Leningradi_Edasi_toimetus, lk 205
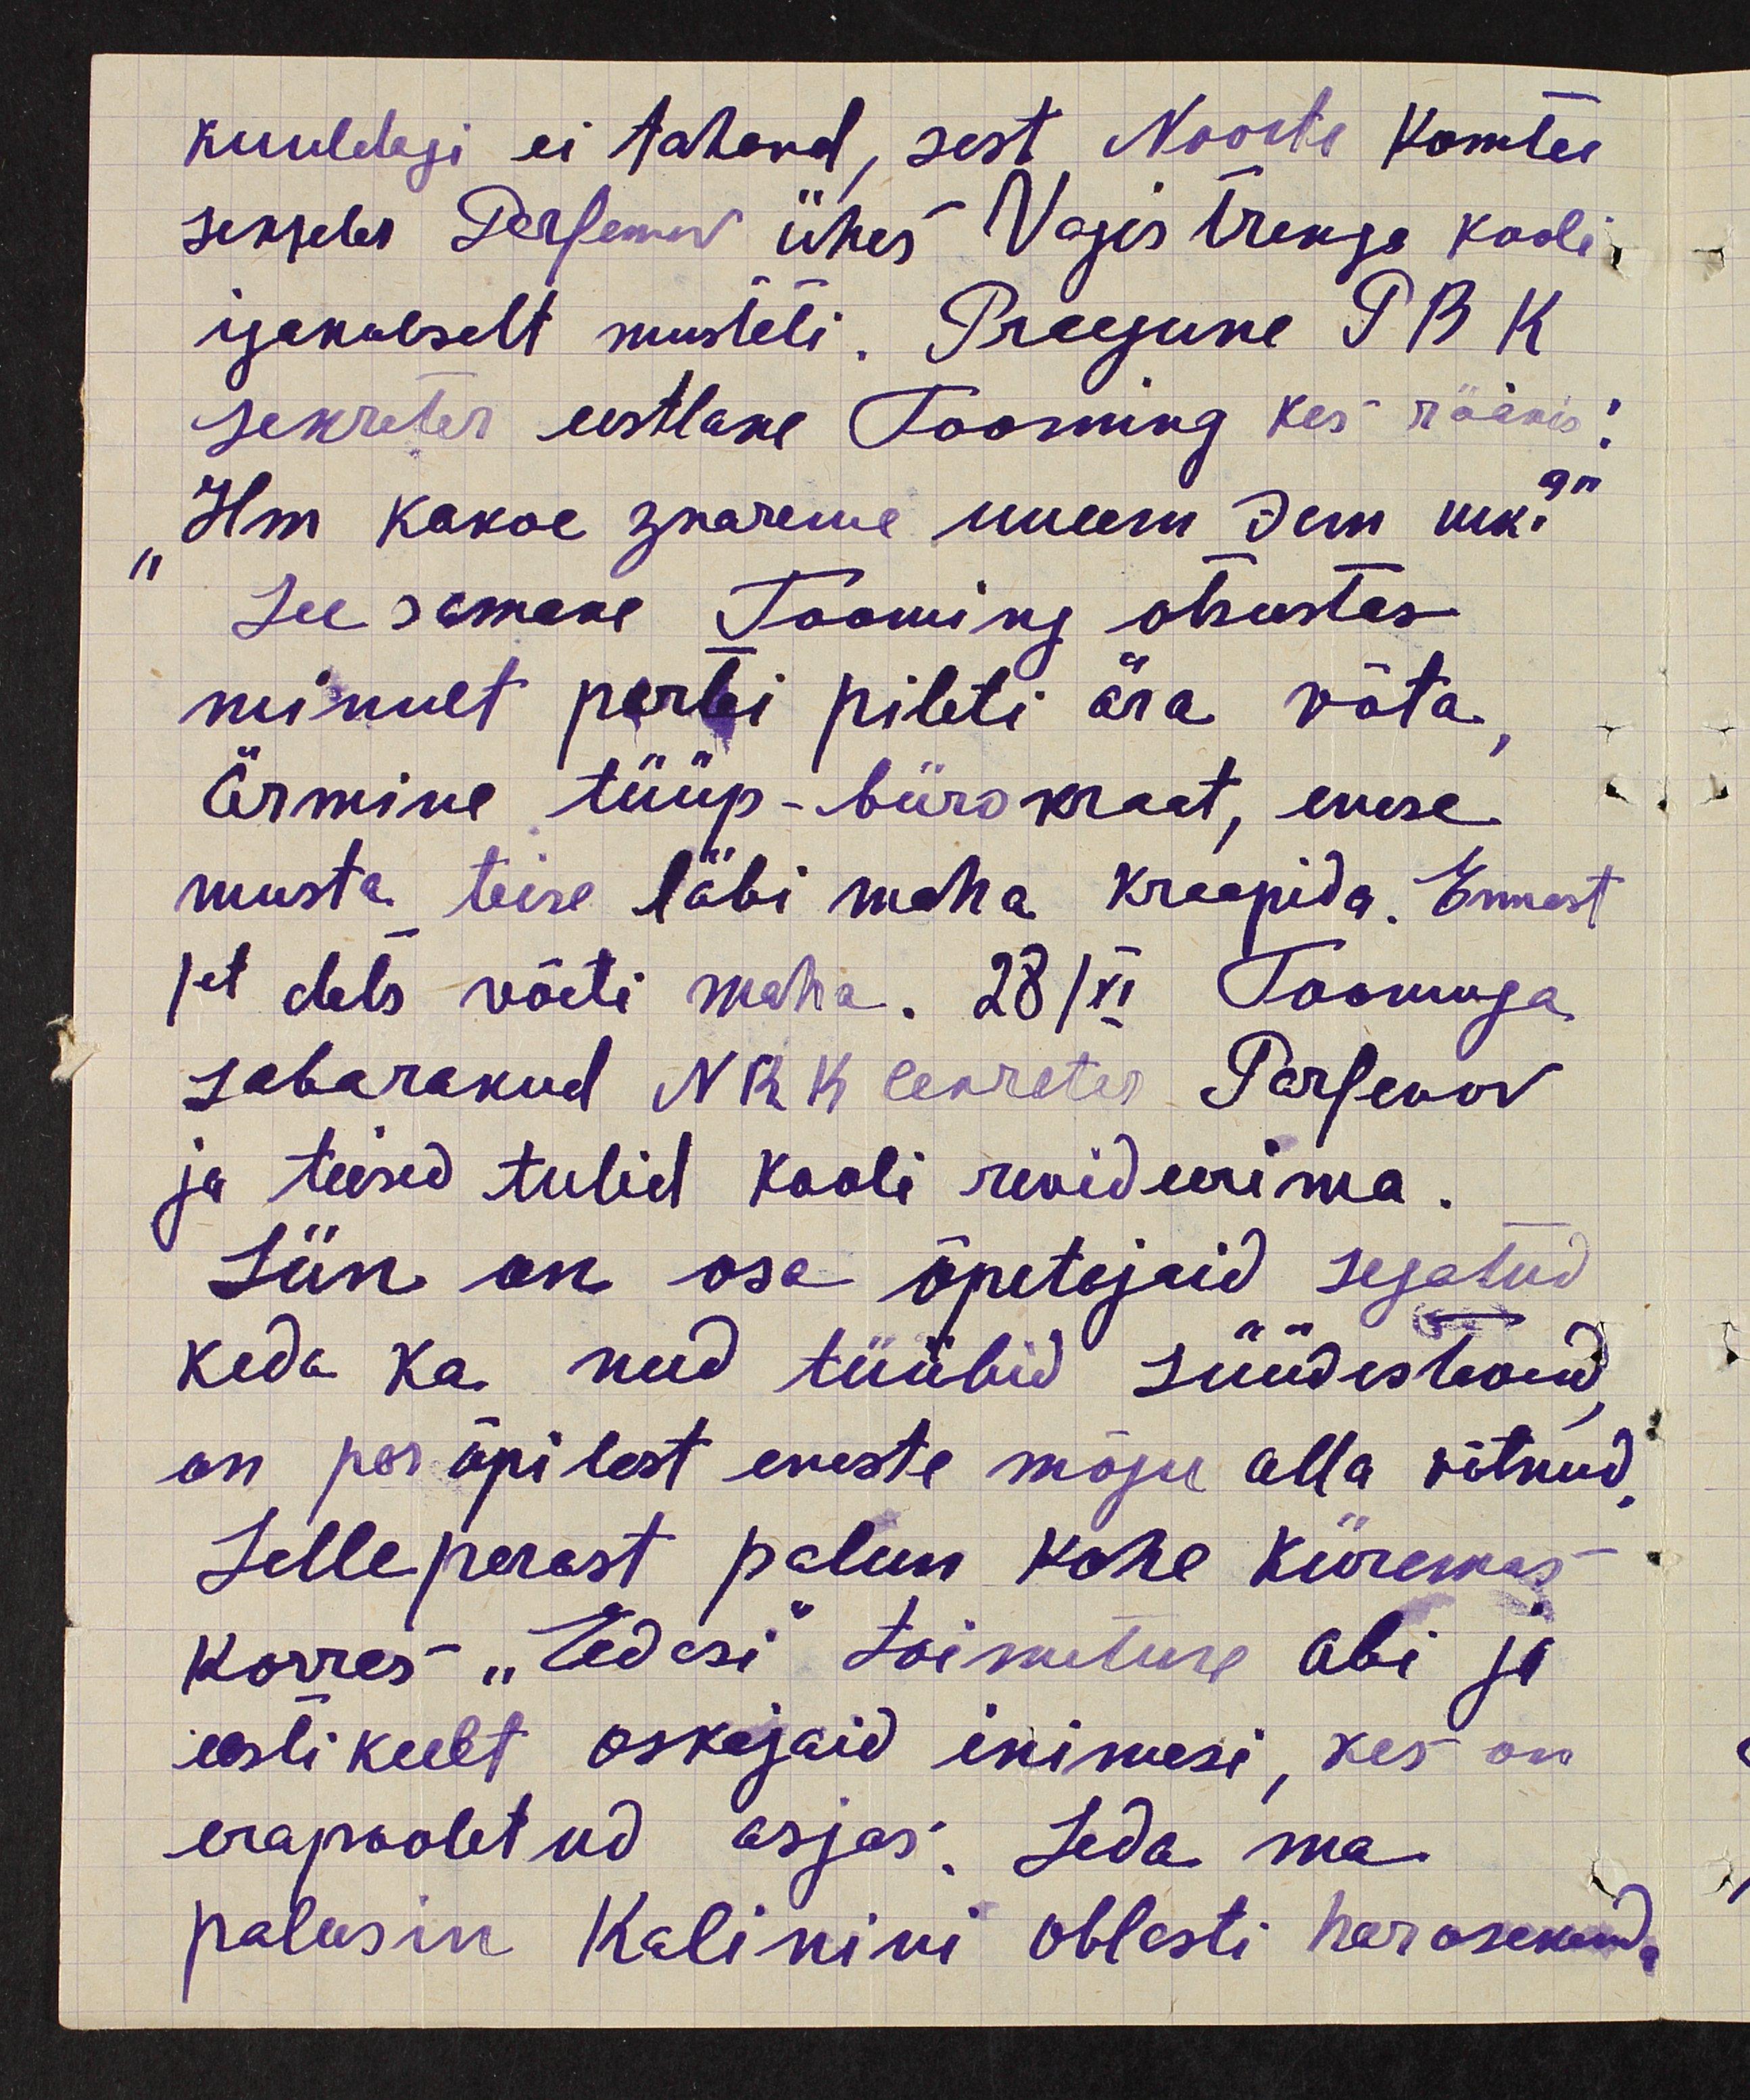
kuuldagi ei tahand, sest Noorte Komtee
sekreter Derfemov ühes Vagistremiga kooli,
igakolselt mustati. Praegune P B K
sekreter eestlane Tooming kes rääkis:
" Hm kakoe juareme uuem siin uk.“
See samane Tooming otsustas
minult partei pileti ära võta.
ärmine tüüp-bürokrat, enese
musta teise läbi maha kraapida. Ennast
1et dets võeti maha. 28/XI Toomuga
sabarakud NRK sekreter Parfenov
ja teised tulid kooli revideerima.
Siin on osa õpetajaid segatud
keda ka need tüübid süüdistavad
on par õpilest eneste mõju alla võtnud,
Selleperast palun kohe kiiremas
korras "Edasi" toimetuse abi ja
eesti keelt oskajaid inimesi, kes on
erapooletud asjas. Seda ma
palusin Kalinini oblasti har osakond